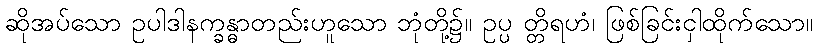
ဆိုအပ်သော ဥပါဒါနက္ခန္ဓာတည်းဟူသော ဘုံတို့၌။ ဥပ္ပ တ္တိရဟံ၊ ဖြစ်ခြင်းငှါထိုက်သော။